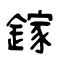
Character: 鎵